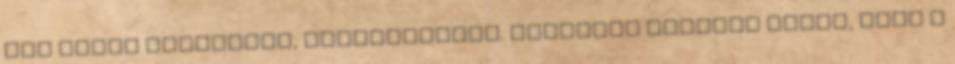
kép máris idetolong, továbblendít. „Olyanok leszünk akkor, mint a